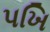
પખિ